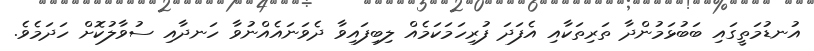
އުނޑުމަތީގައި ބަބުޅަމުންދާ ތަރިތަކާއި އެފަދަ ފުރިހަމަކަމެއް ލިބިފައިވާ ދެވަނައެއްނުވާ ހަނދާއި ސުވާލުކޮށް ހަދަމެވެ.